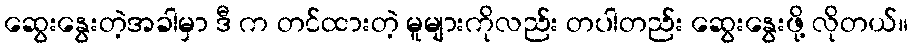
ဆွေးနွေးတဲ့အခါမှာ ဒီ က တင်ထားတဲ့ မူများကိုလည်း တပါတည်း ဆွေးနွေးဖို့ လိုတယ်။